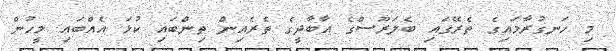
މި ހަނގުރާމައިގެ ތެރޭގައި ބެލަރޫސްގެ އާބާދީގެ ތެރެއިން ތިންބައި ކުޅަ އެއްބައި މީހުން